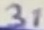
Text: 31